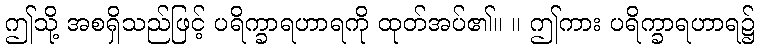
ဤသို့ အစရှိသည်ဖြင့် ပရိက္ခာရဟာရကို ထုတ်အပ်၏။ ။ ဤကား ပရိက္ခာရဟာရ၌